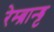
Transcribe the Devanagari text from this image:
रेम्ब्रान्ड्ट